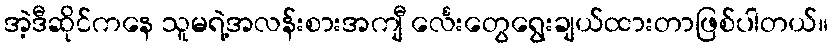
အဲ့ဒီဆိုင်ကနေ သူမရဲ့အလန်းစားအကျီ င်္လေးတွေရွေးချယ်ထားတာဖြစ်ပါတယ်။